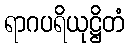
ရာဂပရိယုဋ္ဌိတံ